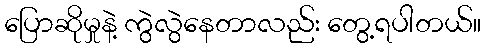
ပြောဆိုမှုနဲ့ ကွဲလွဲနေတာလည်း တွေ့ရပါတယ်။